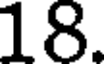
18.